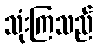
သုံးကြသည်